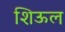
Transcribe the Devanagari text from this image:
शिऊल